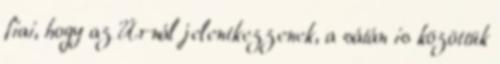
fiai, hogy az Úrnál jelentkezzenek, a sátán is közöttük